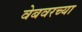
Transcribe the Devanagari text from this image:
वेबवरच्या